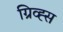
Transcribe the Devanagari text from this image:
ग्रिव्ह्स